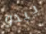
يبدو